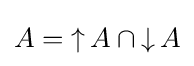
A=\mathop {\uparrow } A\cap \mathop {\downarrow } A